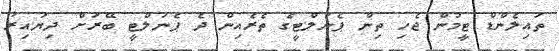
ތައިލެންޑް ޓީމުން ޖެހި ތިން ޕެނަލްޓީގެ ތެރެއިން ދެ ޕެނަލްޓީ ބޭރަށް ދިޔައިރު